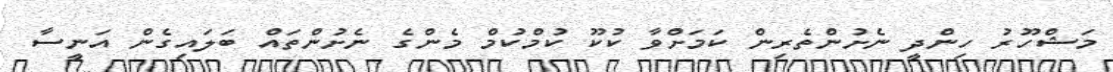
މަޝްހޫރު ހިންދީ ނެށުންތެރިން ކަމަށްވާ ކުކޫ ކުމްކުމް މެންގެ ނެށުންތައް ބަލައިގެން އަނީސާ